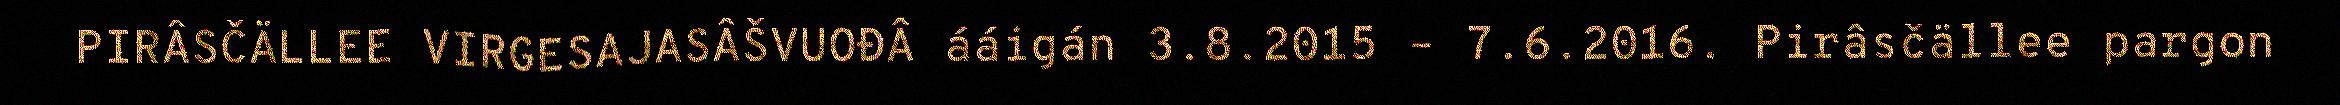
PIRÂSČÄLLEE VIRGESAJASÂŠVUOĐÂ ááigán 3.8.2015 – 7.6.2016. Pirâsčällee pargon